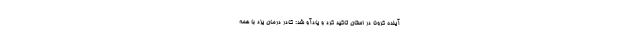
آینده کرونا در استان تاکید کرد و یادآو شد: کادر درمان یزد با همه